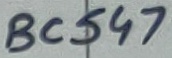
Text: BC547